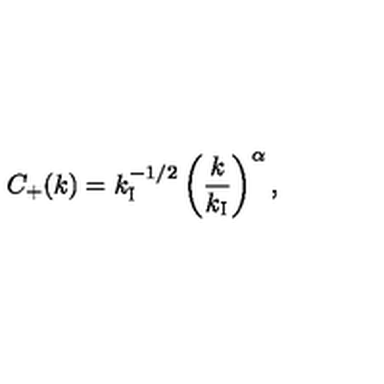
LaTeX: C _ { + } ( k ) = k _ { \mathrm { I } } ^ { - 1 / 2 } \left( \frac { k } { k _ { \mathrm { I } } } \right) ^ { \alpha } ,